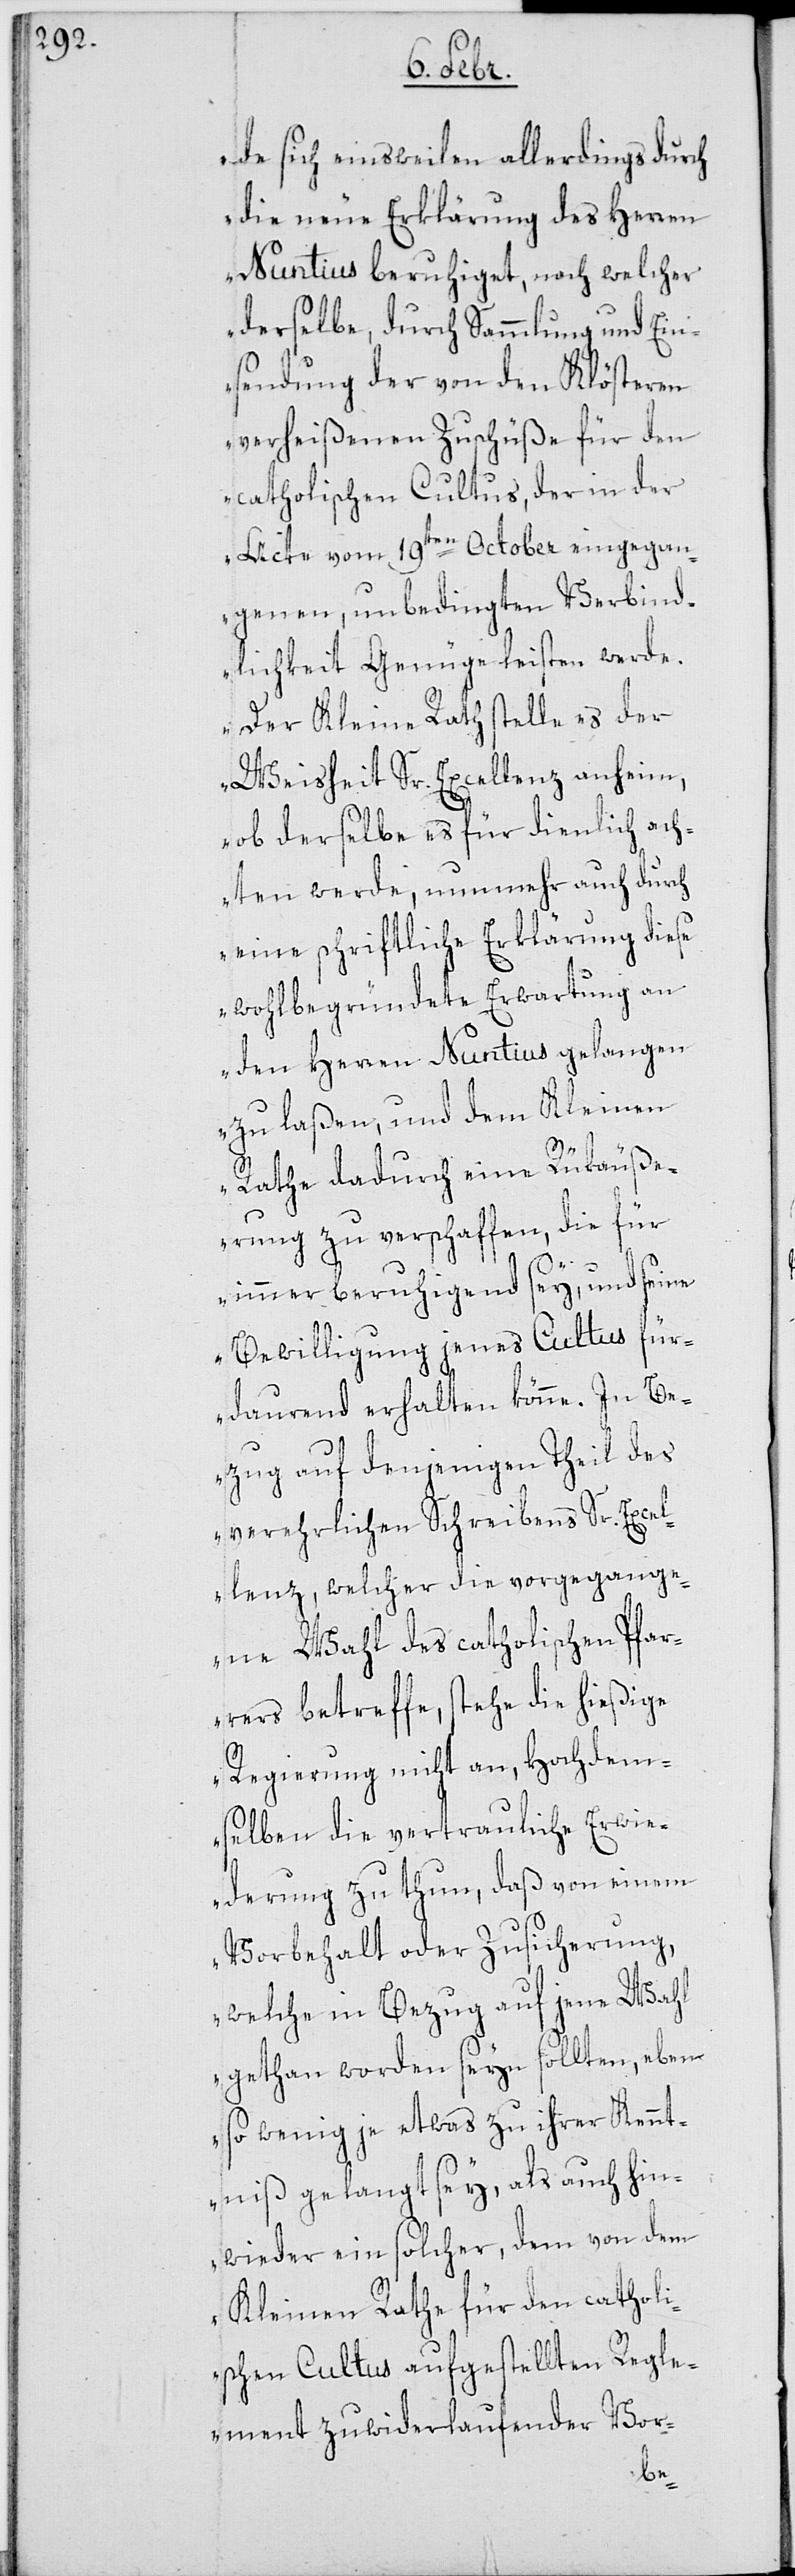
der
de sich einsweilen allerdings durch
die neue Erklärung des Herren
Nuntius beruhiget, nach welcher
derselbe durch Sammlung und Ein¬
sendung der von den Klösteren
verheißenen Zuschüße für den
catholischen Cultus, der in der
Acte vom 19ten October eingegan¬
genen, unbedingten Verbind¬
lichkeit Genüge leisten werde.
Der Kleine Rath stelle es der
Weisheit Sr. Excellenz anheim,
ob derselbe es für dienlich ach¬
ten werde, nunmehr auch durch
eine schriftliche Erklärung diese
wohlbegründete Erwartung an
den Herren Nuntius gelangen
zu laßen, und dem Kleinen
Rathe dadurch eine Rükäuße¬
rung zu verschaffen, die für
immer beruhigend sey, und seine
Bewilligung jenes Cultus für
dauernd erhalten könne. In Be¬
zug auf denjenigen Theil des
verehrlichen Schreibens Sr. Excel¬
lenz, welcher die vorgegange¬
ne Wahl des catholischen Pfar¬
rers betreffe, stehe die hießige
Regierung nicht an, Hochdem¬
selben die vertrauliche Erwie¬
derung zu thun, daß von einem
Vorbehalt oder Zusicherung,
welche in Bezug auf jene Wahl
gethan worden seyn sollten, eben¬
so wenig je etwas zu ihrer Kennt¬
niß gelangt sey, als auch hin¬
wieder ein solcher, dem von dem
Kleinen Rathe für den catholi¬
schen Cultus aufgestellten Regle¬
ment zuwiderlaufender Vor-